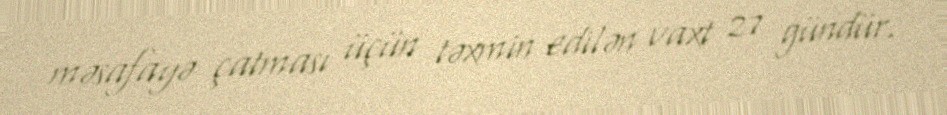
məsafayə çatması üçün təxmin edilən vaxt 27 gündür.